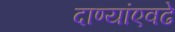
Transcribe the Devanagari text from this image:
दाण्यांएवढे